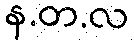
န.တ.လ